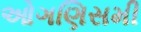
ઓગણિસમી